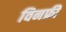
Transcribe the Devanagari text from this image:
विनफ्री